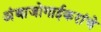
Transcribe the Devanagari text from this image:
अंबाजोगाईकरांचे